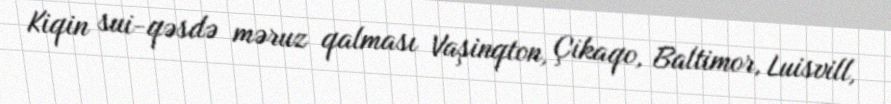
Kiqin sui-qəsdə məruz qalması Vaşinqton, Çikaqo, Baltimor, Luisvill,